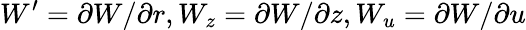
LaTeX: W^{\prime}=\partial W/\partial r,W_{z}=\partial W/\partial z,W_{u}=\partial W/\partial u